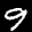
Label: 9